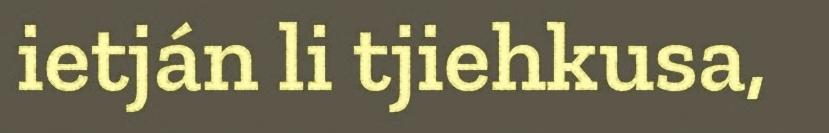
ietján li tjiehkusa,